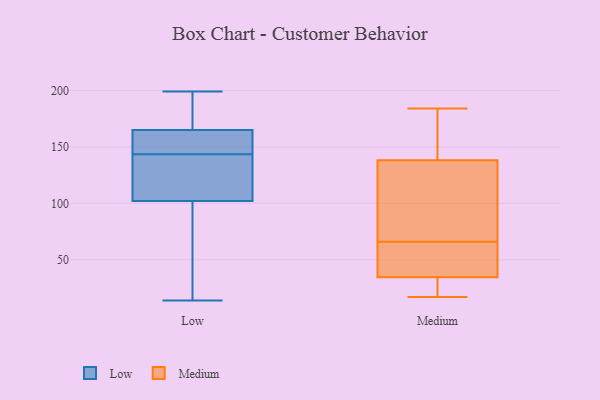
{"axis": {"x": "Website Visitors", "y": "Value"}, "legend": ["Low", "Medium"], "data": [{"x": "", "y": 153, "type": "Low"}, {"x": "", "y": 127, "type": "Low"}, {"x": "", "y": 134, "type": "Low"}, {"x": "", "y": 165, "type": "Low"}, {"x": "", "y": 163, "type": "Low"}, {"x": "", "y": 32, "type": "Low"}, {"x": "", "y": 102, "type": "Low"}, {"x": "", "y": 172, "type": "Low"}, {"x": "", "y": 14, "type": "Low"}, {"x": "", "y": 199, "type": "Low"}, {"x": "", "y": 33, "type": "Medium"}, {"x": "", "y": 66, "type": "Medium"}, {"x": "", "y": 115, "type": "Medium"}, {"x": "", "y": 17, "type": "Medium"}, {"x": "", "y": 184, "type": "Medium"}, {"x": "", "y": 158, "type": "Medium"}, {"x": "", "y": 25, "type": "Medium"}, {"x": "", "y": 39, "type": "Medium"}, {"x": "", "y": 100, "type": "Medium"}, {"x": "", "y": 146, "type": "Medium"}, {"x": "", "y": 58, "type": "Medium"}]}